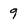
Character: 9